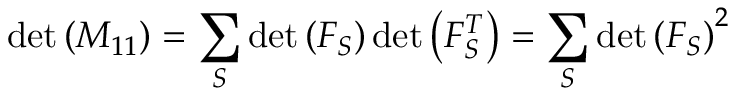
\operatorname* { d e t } \left( M _ { 1 1 } \right) = \sum _ { S } \operatorname* { d e t } \left( F _ { S } \right) \operatorname* { d e t } \left( F _ { S } ^ { T } \right) = \sum _ { S } \operatorname* { d e t } \left( F _ { S } \right) ^ { 2 }